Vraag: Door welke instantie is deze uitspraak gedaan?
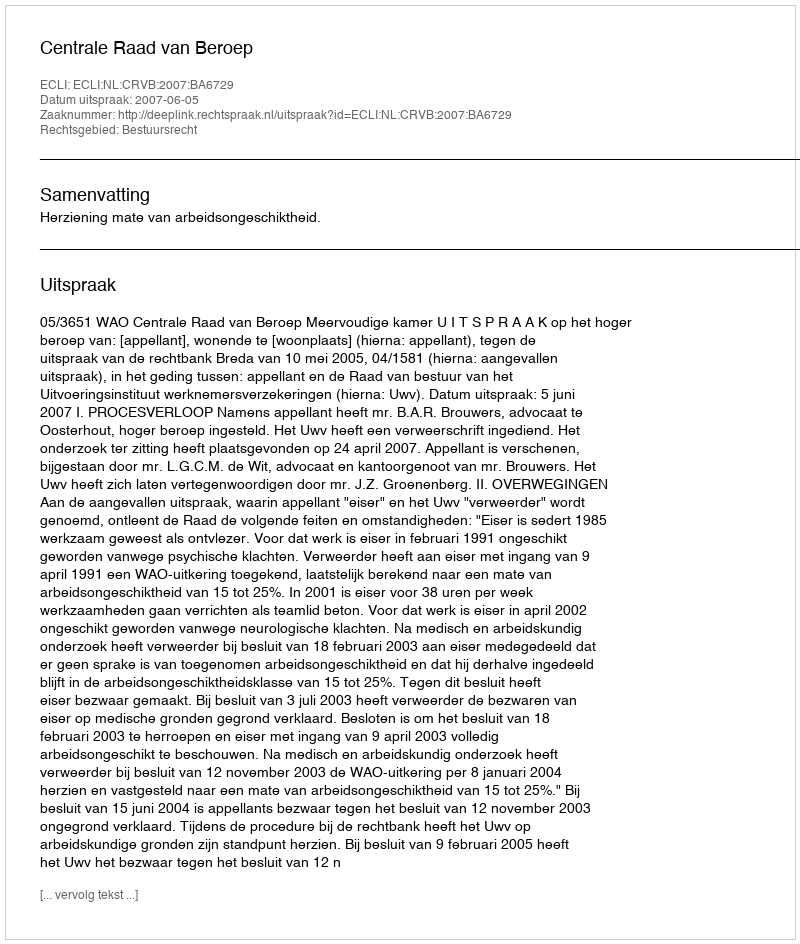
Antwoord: Centrale Raad van Beroep